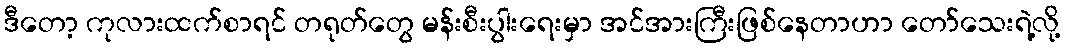
ဒီတော့ ကုလားထက်စာရင် တရုတ်တွေ မန်းစီးပွါးရေးမှာ အင်အားကြီးဖြစ်နေတာဟာ တော်သေးရဲ့လို့